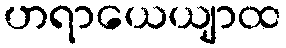
ဟရာယေယျာထ